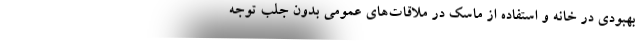
بهبودی در خانه و استفاده از ماسک در ملاقات‌های عمومی بدون جلب توجه